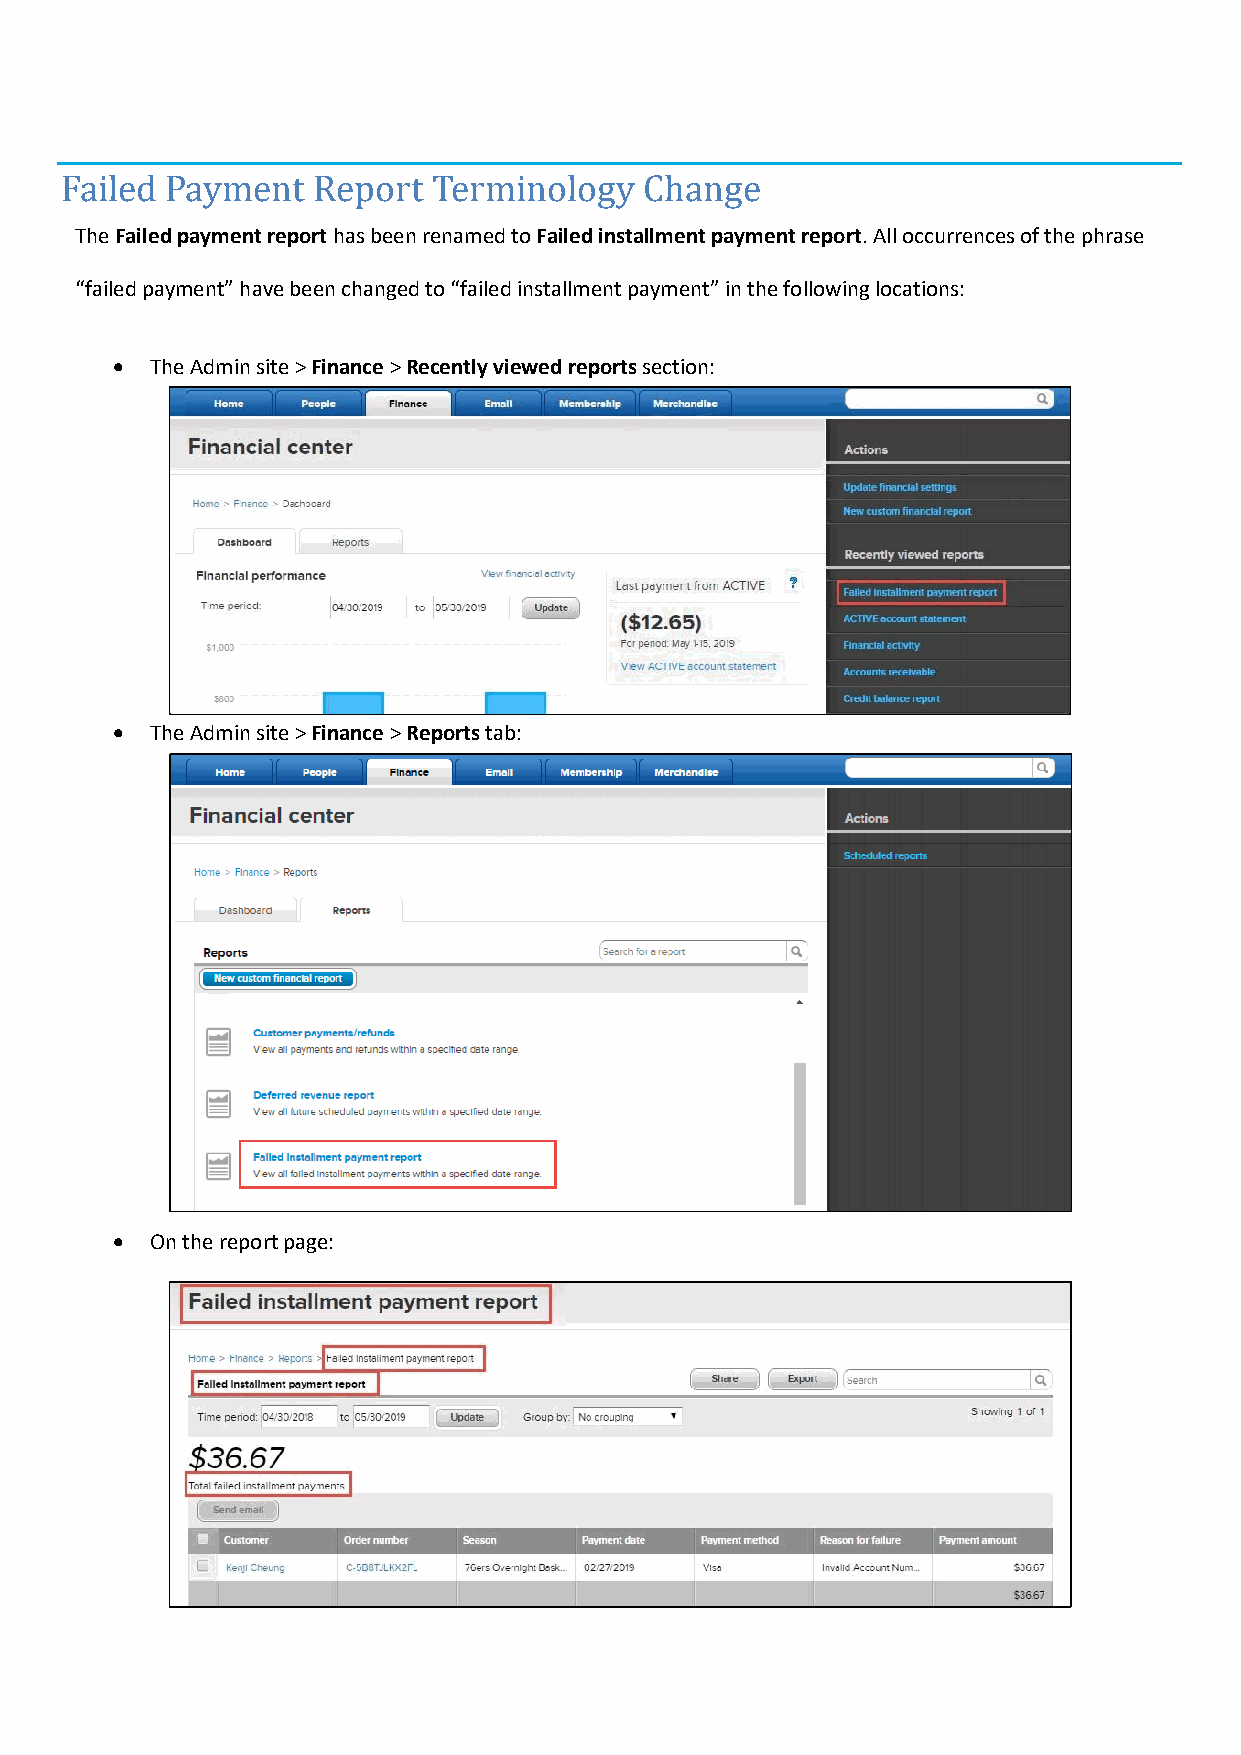
Failed Payment   Report  Terminology   Change
 The Failed payment report has been renamed to Failed installment payment report. All occurrences of the phrase
 “failed payment” have been changed to “failed installment payment” in the following locations:
 •  The Admin site > Finance > Recently viewed reports section:
 •  The Admin site > Finance > Reports tab:
 •  On the report page: